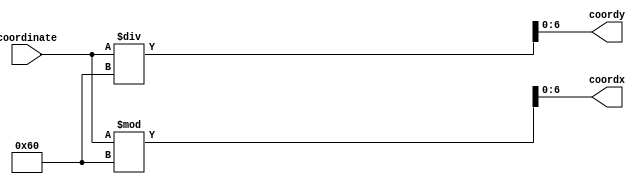
`timescale 1ns / 1ps
//////////////////////////////////////////////////////////////////////////////////
// Company: 
// Engineer: 
// 
// Design Name: 
// Module Name: ASSIGNCOORDS
// Project Name: 
// Target Devices: 
// Tool Versions: 
// Description: 
// 
// Dependencies: 
// 
// Revision:
// Revision 0.01 - File Created
// Additional Comments:
// 
//////////////////////////////////////////////////////////////////////////////////

module ASSIGN_COORDINATE( output [6:0] coordx , output [6:0] coordy, input [12:0] coordinate

    );
    assign coordx = (coordinate % 96);
    assign coordy = (coordinate / 96);
    
endmodule